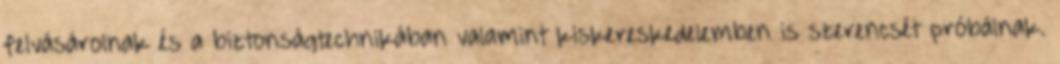
felvásárolnak és a biztonságtechnikában valamint kiskereskedelemben is szerencsét próbálnak.